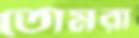
তোমরা